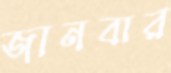
জানবার